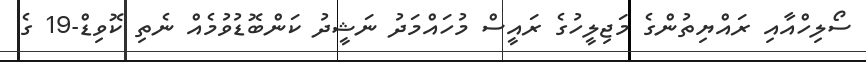
ސޯލިހްއާއި ރައްޔިތުންގެ މަޖިލީހުގެ ރައީސް މުހައްމަދު ނަޝީދު ކަންބޮޑުވުމެއް ނެތި ކޮވިޑް-19 ގެ